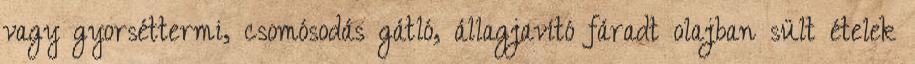
vagy gyorséttermi, csomósodás gátló, állagjavító fáradt olajban sült ételek